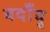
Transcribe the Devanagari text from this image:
बदाँयू